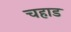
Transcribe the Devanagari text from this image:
चहाड